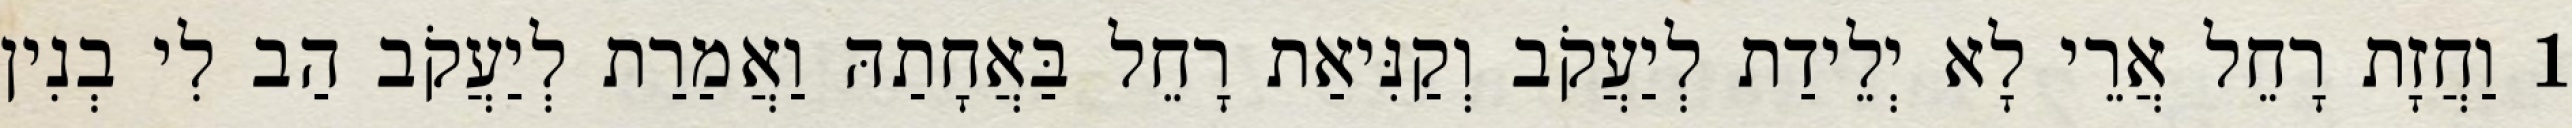
1 וַחֲזָת רָחֵל אֲרֵי לָא יְלֵידַת לְיַעֲקֹב וְקַנִּיאַת רָחֵל בַּאֲחָתַהּ וַאֲמַרַת לְיַעֲקֹב הַב לִי בְנִין